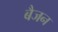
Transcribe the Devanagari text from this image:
बैजन